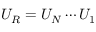
U _ { R } = U _ { N } \cdots U _ { 1 }